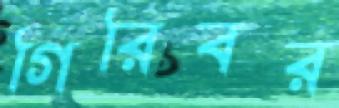
গিরিবর